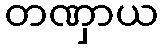
တဏှာယ